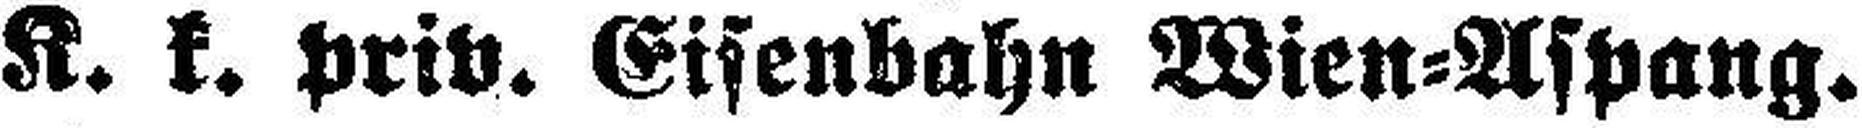
K. k. priv. Eisenbahn Wien=Aspang.